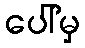
ပေါ်မှ